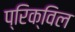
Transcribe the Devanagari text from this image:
प्रिक्विल